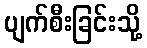
ပျက်စီးခြင်းသို့